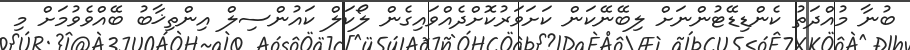
ބުނާ މުއްދަތު ކެންޑިޑޭޓުންނަށް ލިބޭނޭކަން ކަށަވަރުކޮށްދެއްވައިގެން ލޯކަލް ކައުންސިލް އިންތިޚާބު ބޭއްވެވުމަށް މި